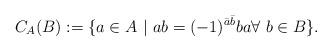
LaTeX: \begin{align*} C_A(B):= \{a \in A\ |\ ab=(-1)^{\bar a \bar b}ba \forall\ b\in B\}.\end{align*}